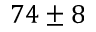
7 4 \pm 8